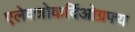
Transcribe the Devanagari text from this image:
एलेक्त्रोकर्दिओग्रफ्य